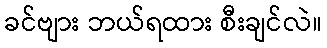
ခင်ဗျား ဘယ်ရထား စီးချင်လဲ။